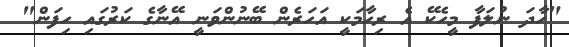
"ހާދަ ނުލަފާ މީހެކޭ އެ ރިހާމަކީ އަހަރެން ބޭނުންވަނީ އޭނާގެ ކަރުގައި ހިފަން"